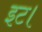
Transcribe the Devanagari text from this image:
इट।